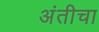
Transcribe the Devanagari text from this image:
अंतीचा